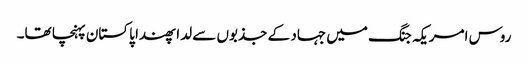
روس امریکہ جنگ میں جہاد کے جذبوں سے لدا پھندا پاکستان پہنچا تھا۔